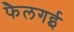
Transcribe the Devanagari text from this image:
फैलगई